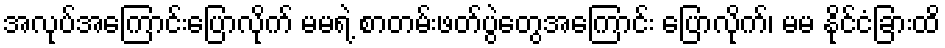
အလုပ်အကြောင်းပြောလိုက် မမရဲ့ စာတမ်းဖတ်ပွဲတွေအကြောင်း ပြောလိုက်၊ မမ နိုင်ငံခြားထိ